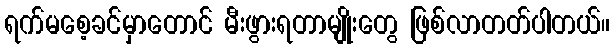
ရက်မစေ့ခင်မှာတောင် မီးဖွားရတာမျိုးတွေ ဖြစ်လာတတ်ပါတယ်။